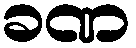
ခဏ